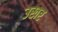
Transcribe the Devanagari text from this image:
उखर